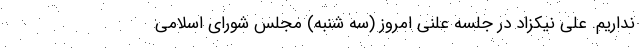
نداریم. علی نیکزاد در جلسه علنی امروز (سه شنبه) مجلس شورای اسلامی